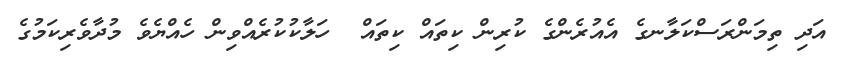
އަދި ތިމަންރަސްކަލާނގެ އެއުރެންގެ ކުރިން ކިތައް ކިތައް  ހަލާކުކުރެއްވިން ހެއްޔެވެ މުދާވެރިކަމުގެ